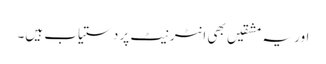
اور یہ مشقیں بھی انٹرنیٹ پر دستیاب ہیں۔